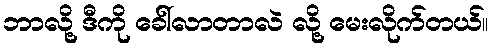
ဘာလို့ ဒီကို ခေါ်လာတာလဲ လို့ မေးလိုက်တယ်။